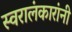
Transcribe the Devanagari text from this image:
स्वरालंकारांनी